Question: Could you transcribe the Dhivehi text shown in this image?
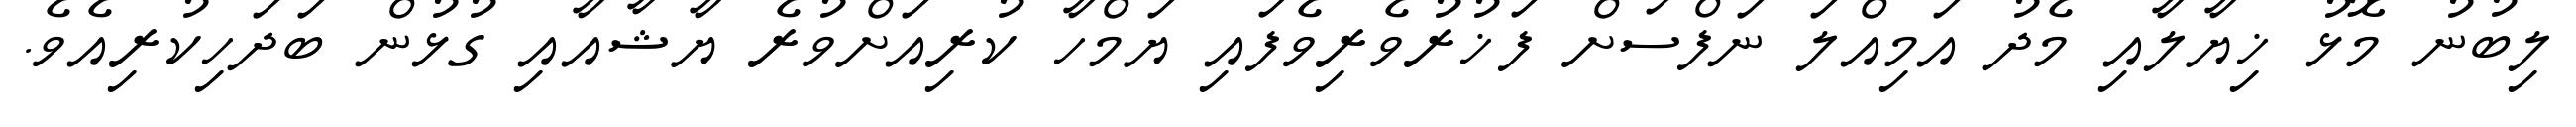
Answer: ލިބުނު މޮޅު ޚިޔާލާއި މެދު އަމިއްލަ ނަފްސަށް ފަޚުރުވެރިވެފައި ޔަމްހާ ކުރިއަށްވުރެ ޔާޝާއާއި ގުޅުން ބަދަހިކުރިއެވެ.